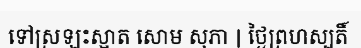
ទៅស្រឡះស្អាត សោម សុភា | ថ្ងៃព្រហស្បតិ៍